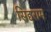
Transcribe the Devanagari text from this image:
सिद्दराम